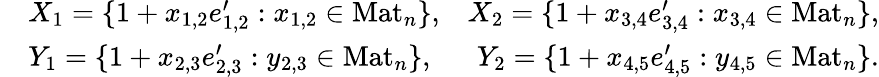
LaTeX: \begin{array}{rlr}&{X_{1}=\{ 1+x_{1,2}e_{1,2}^{\prime}:x_{1,2}\in\mathrm{Mat}_{n}\} ,}&{X_{2}=\{ 1+x_{3,4}e_{3,4}^{\prime}:x_{3,4}\in\mathrm{Mat}_{n}\} ,}\\ &{Y_{1}=\{ 1+x_{2,3}e_{2,3}^{\prime}:y_{2,3}\in\mathrm{Mat}_{n}\} ,}&{Y_{2}=\{ 1+x_{4,5}e_{4,5}^{\prime}:y_{4,5}\in\mathrm{Mat}_{n}\} .}\end{array}